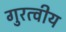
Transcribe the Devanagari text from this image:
गुरत्वीय